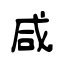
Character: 咸